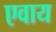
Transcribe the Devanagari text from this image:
एवाय